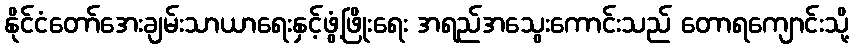
နိုင်ငံတော်အေးချမ်းသာယာရေးနှင့်ဖွံ့ဖြိုးရေး အရည်အသွေးကောင်းသည် တောရကျောင်းသို့